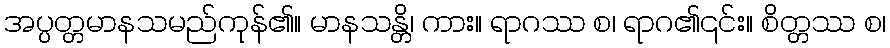
အပ္ပတ္တမာနသမည်ကုန်၏။ မာနသန္တိ၊ ကား။ ရာဂဿ စ၊ ရာဂ၏၎င်း။ စိတ္တဿ စ၊